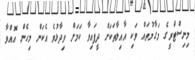
މިނިސްޓްރީގެ މަގާމުތައް ވަކި އާއިލާތަކަށް ދީފައިވާ ކަމަށް ވިދާޅުވެ އެކަން މިހެން އޮއްވާ